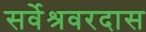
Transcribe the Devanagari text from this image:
सर्वेश्रवरदास